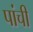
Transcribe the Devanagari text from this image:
पांची